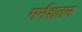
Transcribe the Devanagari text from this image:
मर्मशतम